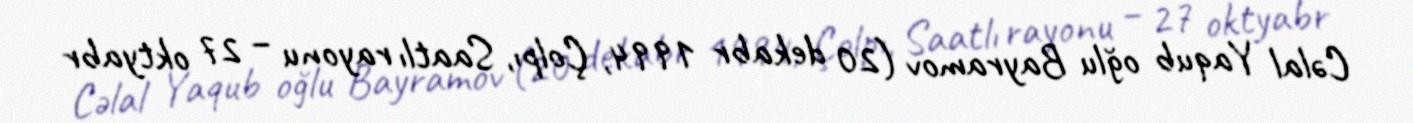
Cəlal Yaqub oğlu Bayramov (20 dekabr 1994, Çolpı, Saatlı rayonu – 27 oktyabr